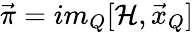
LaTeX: \vec{\pi}=im_{Q}[{\cal H},\vec{x}_{Q}]